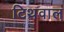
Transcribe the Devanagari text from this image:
टिथवाल